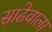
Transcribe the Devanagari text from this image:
साढेवाला